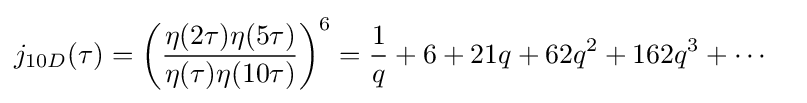
{\begin{aligned}j_{10D}(\tau )&=\left({\frac {\eta (2\tau )\eta (5\tau )}{\eta (\tau )\eta (10\tau )}}\right)^{6}={\frac {1}{q}}+6+21q+62q^{2}+162q^{3}+\cdots \end{aligned}}